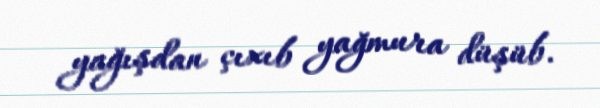
yağışdan çıxıb yağmura düşüb.